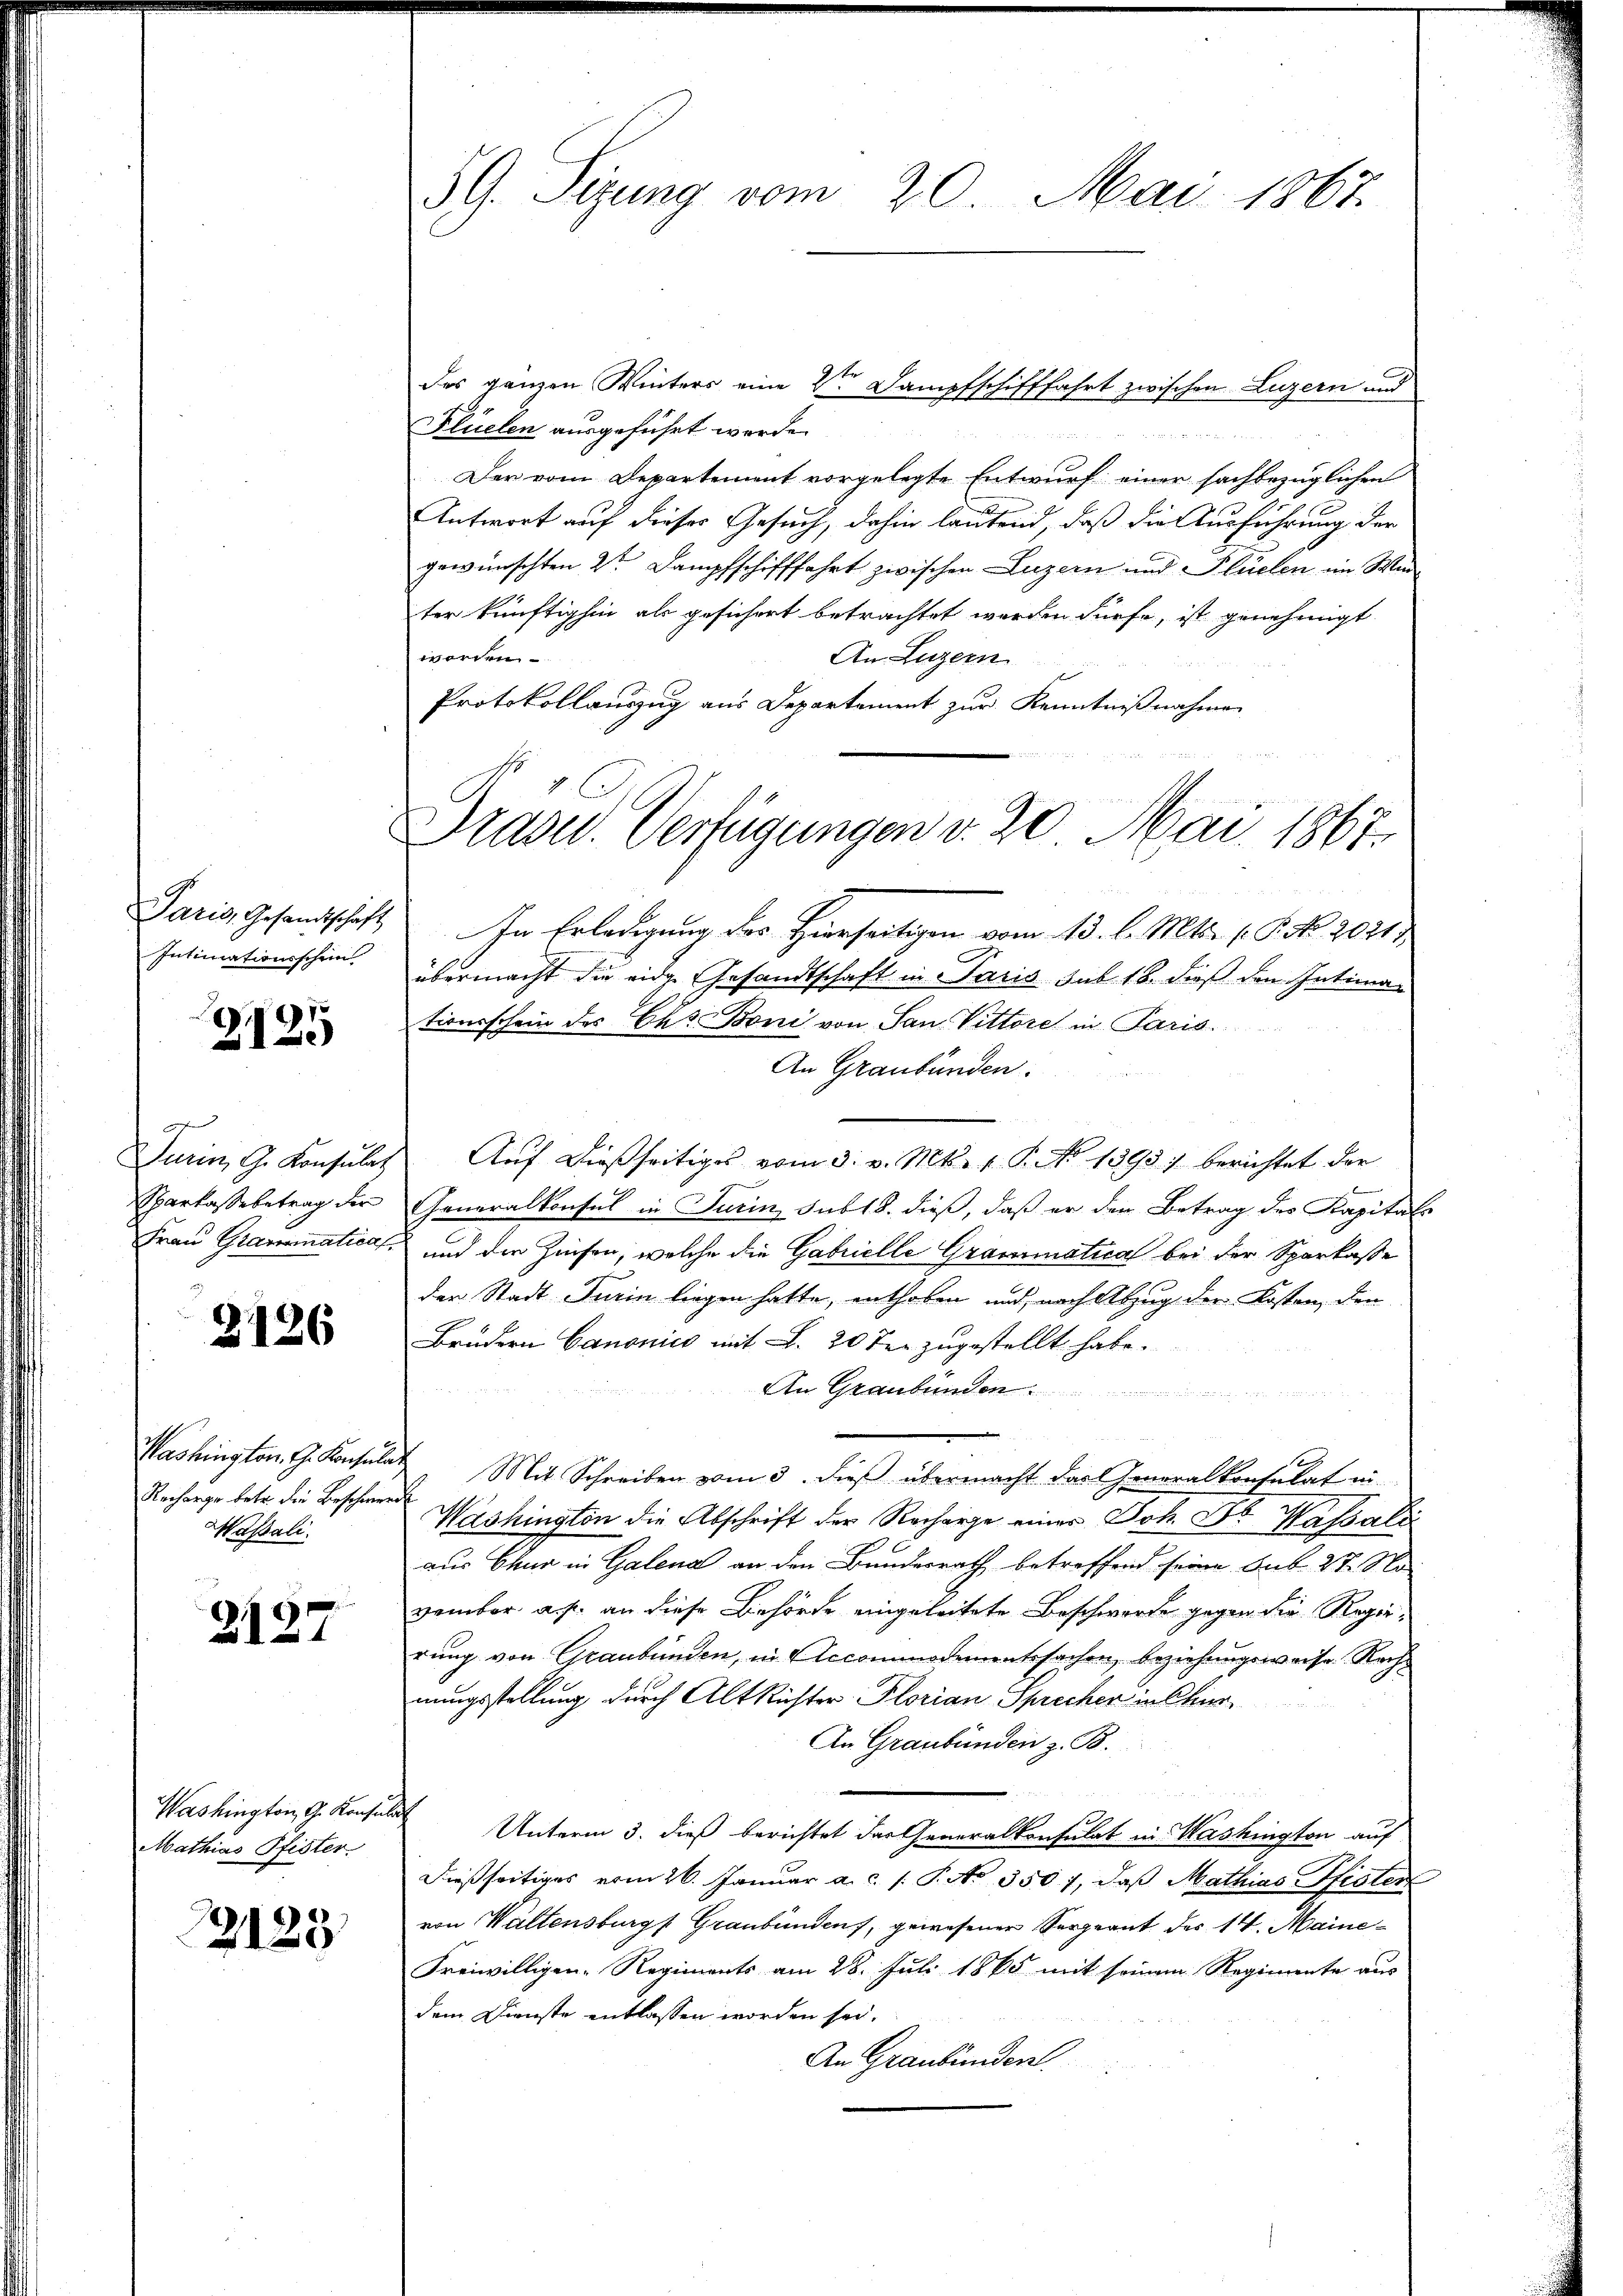
Paris, Gesandtschaft
Intimationsschein

2125

g
Suri, G. Konsulat
Sparkasse betrag der
Frau Grammatical

2126

Washington. G. Konsula
Recharge betr. die Beschwer¬
Wassali.

2127

Washington, G. Konsul
Mathias Pfister

2123

59. Sitzung vom 20. Mai 1867.

Plüelen ausgeführt werde.
Der vom Departement vorgelegte Entwurf einer sachbezüglichen
Antwort auf dieser Gesuch, dahin lautend, daß die Ausführung der
gewünschten 2ten Dampfschifffahrt zwischen Luzern und Flüelen im Winter künftighin als gesichert betrachtet werden dürfe, ist genehmigt
worden
An Luzern
Protokollauszug aus Departement zur Kenntnißnahmen
In Erledigung des Hierseitigen vom 13. l. Mts. 15. No. 20317
übermacht die eidge Gesandtschaft in Paris sub. 18. dieß den Intimationsschein des Chr. Boni von San. Vittore in Paris.
An Graubünden.
Auf dießseitiges vom 3. v. Mts. 1. P. No 1395. berichtet der
Generalkonsul in Turin sub 18. dieß, daß er der Betrag des Kapitals
und die Zinsen, welche die Gabrielle Grammatica bei der Sparkasse
der Stadt Turin liegen hatte, enthoben und, nach Abzug der Kosten, den
Brüdern Canonico mit S. 20 ten zugestellt habe.
An Graubünden
 Mit Schreiben vom 3. dieß übermacht das Generalkonsulat in-
Washington die Abschrift der Recharge einer Joh. Dr. Kassali
aus Chur in Galena an den Bundesrath betreffend seine sub. 27. No
vember a. p. an diese Behörde eingeleitete Beschworte gegen die Regierung von Graubünden, in Accomodementssachen, beziehungsweise Rechnungsstellung durch Alt Richter Florian Sprecher in hier¬
An Graubünden z. B.
und
t
Unterm 3. dieß berichtet das Generalkonsulat in Washington auf
dießseitiges vom 26. Januar a. c. s. S. No 3501, daß Mathias Pfister
von Waltensburg, Graubünden, gewesener Sergeant des 14. Maine¬
Freiwilligen-Regiments am 28. Juli 1865 mit seinem Regimente aus
dem Dienste entlassen worden sei.
An Graubünden.

des ganzen Winters eine der Dampfschifffahrt zwischen Luzern und

Prase. Verfügungen v. 20. Mai 1867.